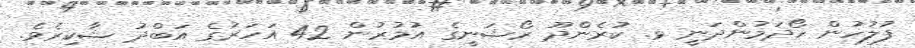
ފުލުހުން ހޯދަމުންދަނީ ޅ. ކުރެންދޫ ރޯޝަނީގެ އުމުރުން 42 އަަހަރުގެ އަބްދު ޝާކިރެވެ.